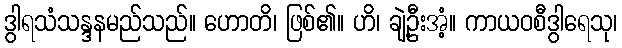
ဒွါရသံသန္ဒနမည်သည်။ ဟောတိ၊ ဖြစ်၏။ ဟိ၊ ချဲ့ဦးအံ့။ ကာယဝစီဒွါရေသု၊